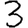
Digit: 3